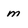
Character: m